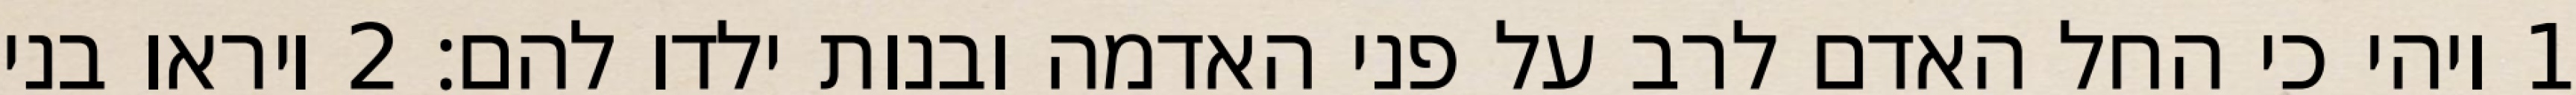
1 ויהי כי החל האדם לרב על פני האדמה ובנות ילדו להם׃ ‎2‏ ויראו בני